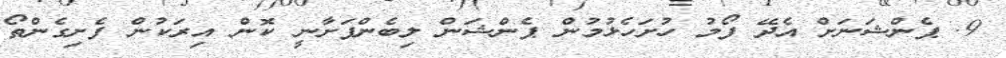
9. ޕެންޝަނަށް އެދޭ ފޯމު ހުށަހެޅުމުން ޕެންޝަން ލިބެންފަށާނީ ކޮން އިރަކުން ފެށިގެންތޯ